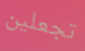
تجعلين